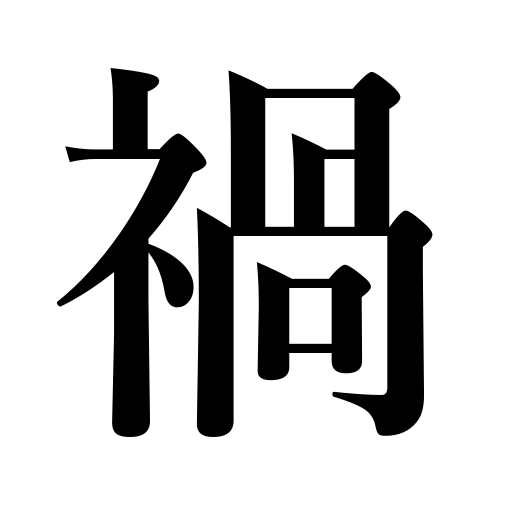
Meanings: misfortune,calamity